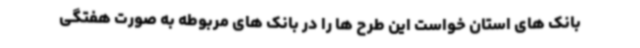
بانک های استان خواست این طرح ها را در بانک های مربوطه به صورت هفتگی